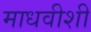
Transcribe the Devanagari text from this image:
माधवीशी